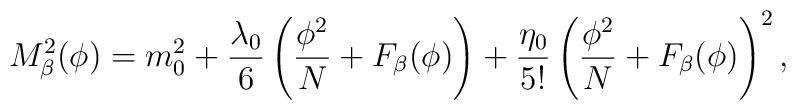
M^2_{\beta}(\phi)=m^2_0+\frac{\lambda_0}{6}\left( \frac{\phi^2}{N}+F_{\beta}(\phi)\right) + \frac{\eta_0}{5!} \left( \frac{\phi^2}{N}+ F_{\beta}(\phi)\right)^2,